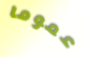
عموما